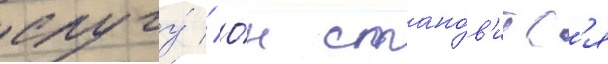
слугу́ // О́н стано́в'итс'я